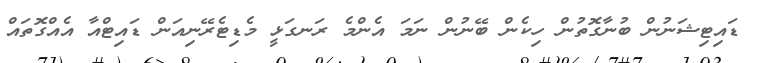
ޑައިޓިޝަނުން ބުނާގޮތުން ހިކެން ބޭނުން ނަމަ އެންމެ ރަނގަޅީ މެޑިޓެރޭނިއަން ޑައިޓްއާ އެއްގޮތައް